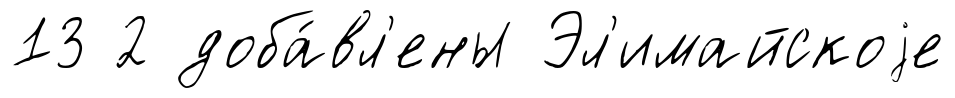
13 2 доба́вл'ены Эл'имайскоjе